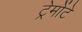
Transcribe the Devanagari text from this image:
ट्रेमोंटे